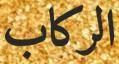
الركاب